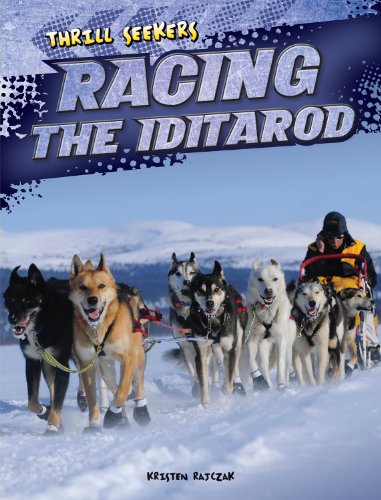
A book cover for Racing the Iditarod (Thrill Seekers); Kristen Rajczak; Sports & Outdoors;